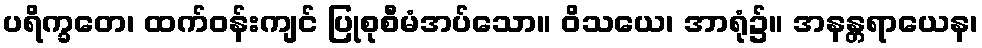
ပရိက္ခတေ၊ ထက်ဝန်းကျင် ပြုစုစီမံအပ်သော။ ဝိသယေ၊ အာရုံ၌။ အနန္တရာယေန၊